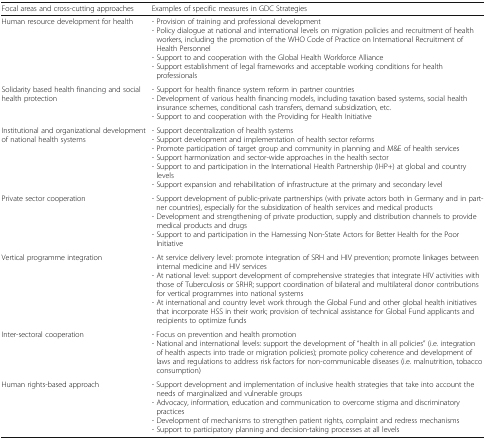
<table><thead><tr><td><b>Focal areas and cross-cutting approaches</b></td><td><b>Examples of specific measures in GDC Strategies</b></td></tr></thead><tbody><tr><td>Human resource development for health</td><td>- Provision of training and professional development- Policy dialogue at national and international levels on migration policies and recruitment of health workers, including the promotion of the WHO Code of Practice on International Recruitment of Health Personnel- Support to and cooperation with the Global Health Workforce Alliance- Support establishment of legal frameworks and acceptable working conditions for health professionals</td></tr><tr><td>Solidarity based health financing and social health protection</td><td>- Support for health finance system reform in partner countries- Development of various health financing models, including taxation based systems, social health insurance schemes, conditional cash transfers, demand subsidization, etc.- Support to and cooperation with the Providing for Health Initiative</td></tr><tr><td>Institutional and organizational development of national health systems</td><td>- Support decentralization of health systems- Support development and implementation of health sector reforms- Promote participation of target group and community in planning and M&amp;E of health services- Support harmonization and sector-wide approaches in the health sector- Support to and participation in the International Health Partnership (IHP+) at global and country levels- Support expansion and rehabilitation of infrastructure at the primary and secondary level</td></tr><tr><td>Private sector cooperation</td><td>- Support development of public-private partnerships (with private actors both in Germany and in partner countries), especially for the subsidization of health services and medical products- Development and strengthening of private production, supply and distribution channels to provide medical products and drugs- Support to and participation in the Harnessing Non-State Actors for Better Health for the Poor Initiative</td></tr><tr><td>Vertical programme integration</td><td>- At service delivery level: promote integration of SRH and HIV prevention; promote linkages between internal medicine and HIV services- At national level: support development of comprehensive strategies that integrate HIV activities with those of Tuberculosis or SRHR; support coordination of bilateral and multilateral donor contributions for vertical programmes into national systems- At international and country level: work through the Global Fund and other global health initiatives that incorporate HSS in their work; provision of technical assistance for Global Fund applicants and recipients to optimize funds</td></tr><tr><td>Inter-sectoral cooperation</td><td>- Focus on prevention and health promotion- National and international levels: support the development of “health in all policies” (i.e. integration of health aspects into trade or migration policies); promote policy coherence and development of laws and regulations to address risk factors for non-communicable diseases (i.e. malnutrition, tobacco consumption)</td></tr><tr><td>Human rights-based approach</td><td>- Support development and implementation of inclusive health strategies that take into account the needs of marginalized and vulnerable groups- Advocacy, information, education and communication to overcome stigma and discriminatory practices- Development of mechanisms to strengthen patient rights, complaint and redress mechanisms- Support to participatory planning and decision-taking processes at all levels</td></tr></tbody></table>